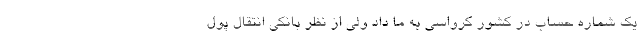
یک شماره حساب در کشور کرواسی به ما داد ولی از نظر بانکی انتقال پول